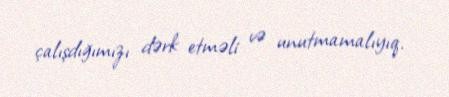
çalışdığımızı dərk etməli və unutmamalıyıq.